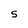
Character: S